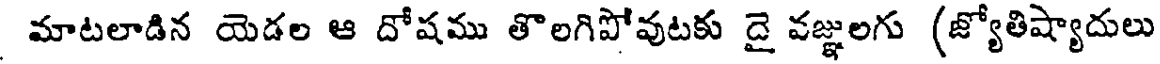
మాటలాడిన యెడల ఆ దోషము తొలగిపోవుటకు దై వజ్ఞులగు (జ్యోతిష్యాదులు